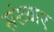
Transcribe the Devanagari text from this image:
संख्याए